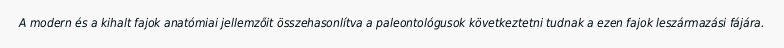
A modern és a kihalt fajok anatómiai jellemzőit összehasonlítva a paleontológusok következtetni tudnak a ezen fajok leszármazási fájára.